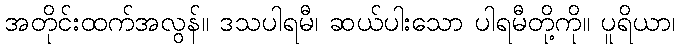
အတိုင်းထက်အလွန်။ ဒသပါရမီ၊ ဆယ်ပါးသော ပါရမီတို့ကို။ ပူရိယာ၊